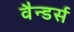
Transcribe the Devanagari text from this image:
वैन्डर्स